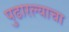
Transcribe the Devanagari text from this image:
पुढारल्याचा